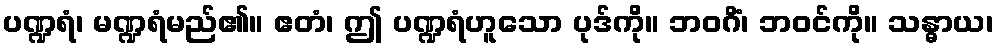
ပဏ္ဍရံ၊ မဏ္ဍရံမည်၏။ ဧတံ၊ ဤ ပဏ္ဍရံဟူသော ပုဒ်ကို။ ဘဝဂိံ၊ ဘဝင်ကို။ သန္ဓာယ၊